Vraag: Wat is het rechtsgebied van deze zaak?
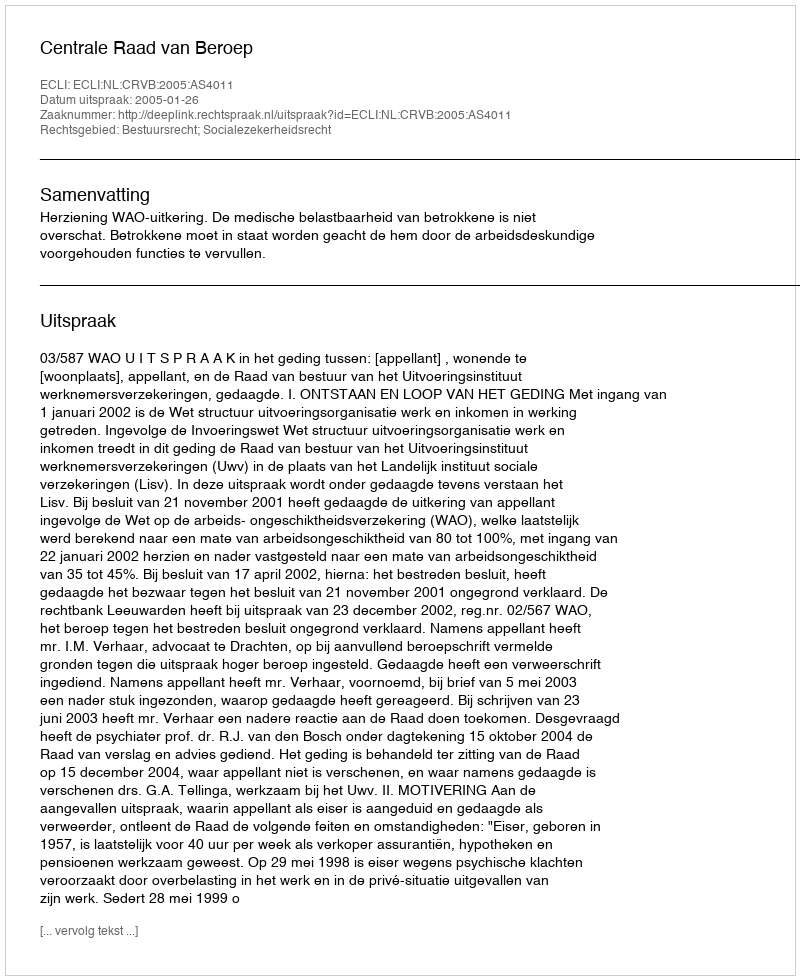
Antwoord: Bestuursrecht; Socialezekerheidsrecht